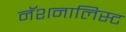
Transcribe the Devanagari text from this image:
नॅशनालिस्ट